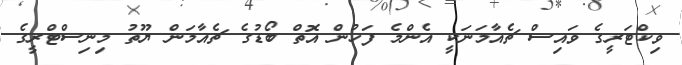
ވިކްޓަރީގެ ވައިސް ޗެއާމަނަކީ އެންމެ ފަހުން އޮތް ބޯޑުގެ ޗެއާމަން ޔޫތު މިނިސްޓްރީގެ